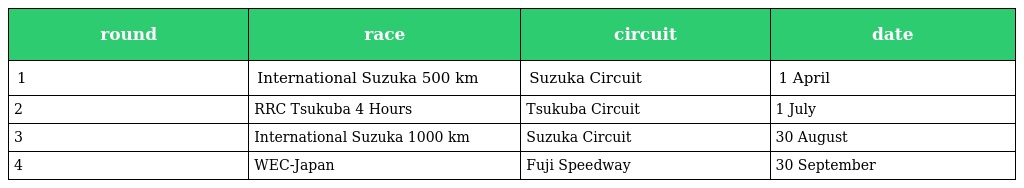
| round | race | circuit | date |
 | --- | --- | --- | --- |
 | 1 | International Suzuka 500 km | Suzuka Circuit | 1 April |
 | 2 | RRC Tsukuba 4 Hours | Tsukuba Circuit | 1 July |
 | 3 | International Suzuka 1000 km | Suzuka Circuit | 30 August |
 | 4 | WEC-Japan | Fuji Speedway | 30 September |